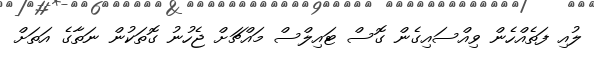
ލުއި ފަތެއްހެން ވިއްސައިގެން ގޮސް ޓައިލްސް މައްޗަށް ޖެހުނު ގޮތަކުން ނަތާގެ އަތަށް